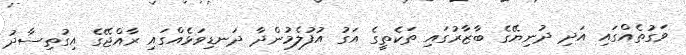
ވަގުތެއްގައި އަދި ދުނިޔޭގެ ބާޒާރުގައި ތަކެތީގެ އަގު އުފުލެމުންދާ ދަނޑިވަޅެއްގައި ރާއްޖޭގެ އިގުތިސާދު